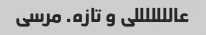
عالللللللی و تازه. مرسی